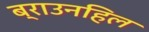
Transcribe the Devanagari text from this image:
ब्राउनहिल